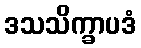
ဒသသိက္ခာပဒံ